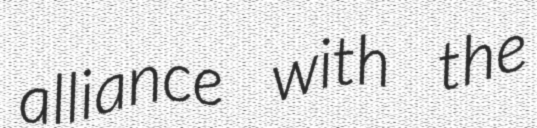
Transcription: alliance with the